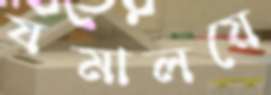
যমালয়ে